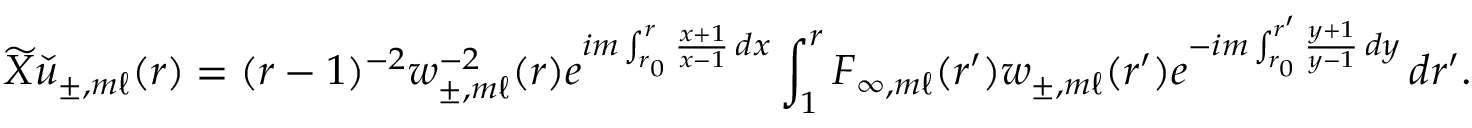
\widetilde { X } \check { u } _ { \pm , m \ell } ( r ) = ( r - 1 ) ^ { - 2 } w _ { \pm , m \ell } ^ { - 2 } ( r ) e ^ { i m \int _ { r _ { 0 } } ^ { r } \frac { x + 1 } { x - 1 } \, d x } \int _ { 1 } ^ { r } { F } _ { \infty , m \ell } ( r ^ { \prime } ) w _ { \pm , m \ell } ( r ^ { \prime } ) e ^ { - i m \int _ { r _ { 0 } } ^ { r ^ { \prime } } \frac { y + 1 } { y - 1 } \, d y } \, d r ^ { \prime } .